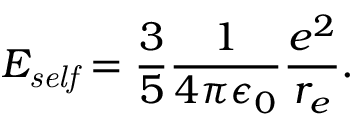
E _ { \it s e l f } = \frac { 3 } { 5 } \frac { 1 } { 4 \pi \epsilon _ { 0 } } \frac { e ^ { 2 } } { r _ { e } } .